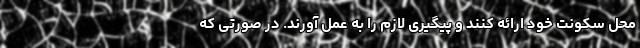
محل سکونت خود ارائه کنند و پیگیری لازم را به عمل آورند. در صورتی که